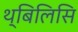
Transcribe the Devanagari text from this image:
थ्बिलिसि